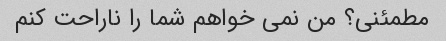
مطمئنی؟ من نمی خواهم شما را ناراحت کنم